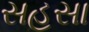
સહસા